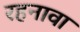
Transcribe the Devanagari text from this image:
रहनावा